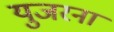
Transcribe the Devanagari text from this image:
युजरना